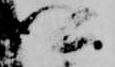
卿